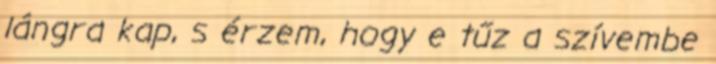
lángra kap, s érzem, hogy e tűz a szívembe